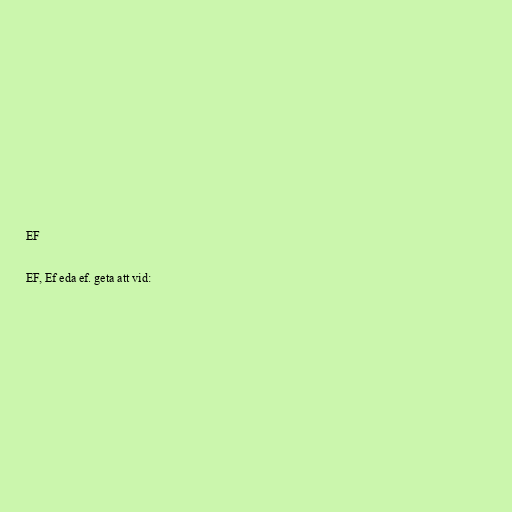
EF

EF, Ef eda ef. geta att vid: